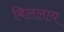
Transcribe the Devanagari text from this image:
बिललाय